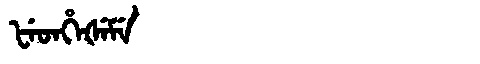
Manchu: ᡶᡝᡨᡥᡝᡧᡝᠮᡝ
Romanization: FETHEŠEME